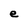
Character: e